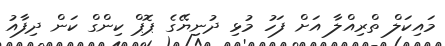
މައިކަލް ތްރިއްލާ އަށް ފަހު މުޅި ދުނިޔޭގެ ޕޮޕް ކިންގް ކަން ދިފާއު